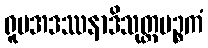
ရူပအဒဿနာဒိသုတ္တပဉ္စကံ